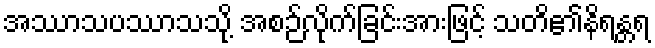
အဿာသပဿာသသို့ အစဉ်လိုက်ခြင်းအားဖြင့် သတိ၏နိရန္တရ